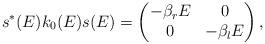
LaTeX: \begin{align*}s^* (E) k_0 (E) s (E) = \left( \begin{matrix} - \beta_r E & 0 \\ 0 & -\beta_l E \end{matrix} \right) ,\end{align*}